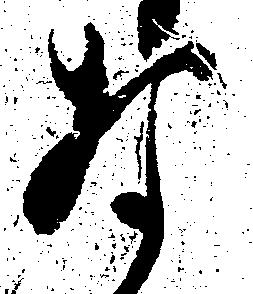
な